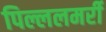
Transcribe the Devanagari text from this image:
पिल्ललमर्री